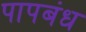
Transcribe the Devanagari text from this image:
पापबंध